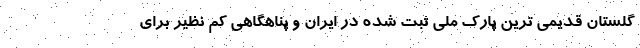
گلستان قدیمی ترین پارک ملی ثبت شده در ایران و پناهگاهی کم نظیر برای